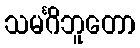
သမင်္ဂိဘူတော